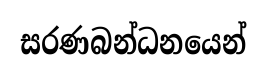
සරණබන්ධනයෙන්